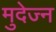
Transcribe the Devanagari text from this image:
मुदेज्न